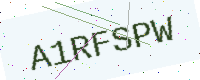
Text: A1RFSPW